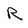
Character: R